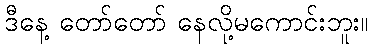
ဒီနေ့ တော်တော် နေလို့မကောင်းဘူး။